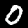
Label: 0